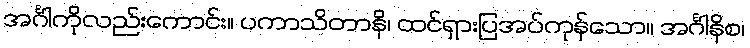
အင်္ဂါကိုလည်းကောင်း။ ပကာသိတာနိ၊ ထင်ရှားပြအပ်ကုန်သော။ အင်္ဂါနိစ၊